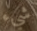
شيء